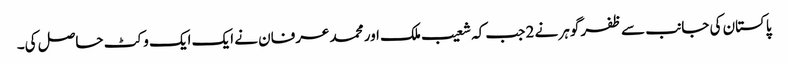
پاکستان کی جانب سے ظفر گوہر نے 2 جب کہ شعیب ملک اور محمد عرفان نے ایک ایک وکٹ حاصل کی۔